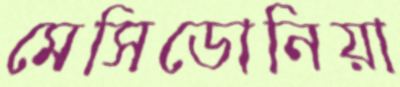
মেসিডোনিয়া